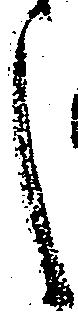
言